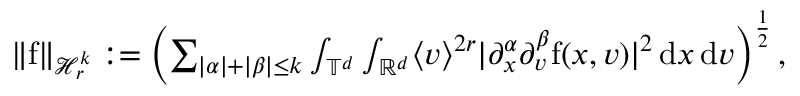
\begin{array} { r } { \Vert \mathrm { f } \Vert _ { \mathcal { H } _ { r } ^ { k } } : = \left( \sum _ { \vert \alpha \vert + \vert \beta \vert \leq k } \int _ { \mathbb T ^ { d } } \int _ { \mathbb R ^ { d } } \langle v \rangle ^ { 2 r } \vert \partial _ { x } ^ { \alpha } \partial _ { v } ^ { \beta } \mathrm { f } ( x , v ) \vert ^ { 2 } \, \mathrm { d } x \, \mathrm { d } v \right) ^ { \frac { 1 } { 2 } } , } \end{array}